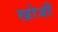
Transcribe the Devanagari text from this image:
खोजीं